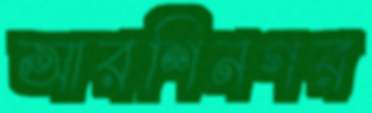
আরশিনগর